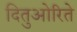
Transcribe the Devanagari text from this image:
दितुओरिते